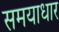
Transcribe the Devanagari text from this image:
समयाधार